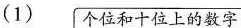
(1) 个位和十位上的数字